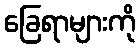
ခြေရာများကို